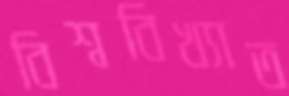
বিশ্ববিখ্যাত